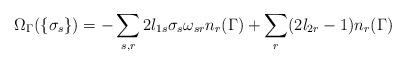
LaTeX: \begin{align*}\Omega_\Gamma(\{\sigma_s\})=-\sum_{s,r}2l_{1s} \sigma_s\omega_{sr}n_r(\Gamma)+ \sum_r(2l_{2r}-1)n_r(\Gamma)\end{align*}